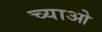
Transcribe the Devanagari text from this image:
च्याओ